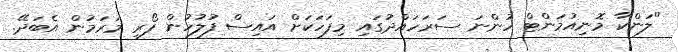
"ލަންކާ މޮނިއުމަންޓް ހުންނަ ސަރަހައްދުގައި މިފަހަކަށް އައިސް ފުލުހުން ފޯރި މަރަމުން އެބަދޭ.